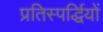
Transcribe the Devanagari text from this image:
प्रतिस्पर्द्धियों